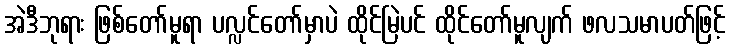
အဲဒီဘုရား ဖြစ်တော်မူရာ ပလ္လင်တော်မှာပဲ ထိုင်မြဲပင် ထိုင်တော်မူလျက် ဖလသမာပတ်ဖြင့်